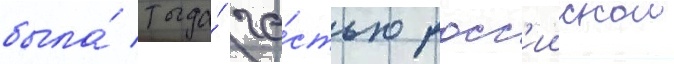
была́ тогда́ ча́стью росс'иискои